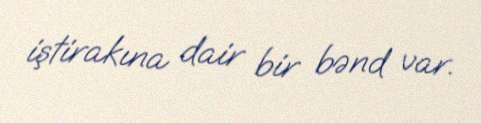
iştirakına dair bir bənd var.